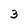
Character: 3